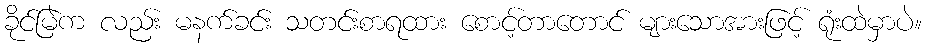
ခိုင်မြဲက လည်း မနက်ခင်း သတင်းစာရထား စောင့်တာတောင် များသောအားဖြင့် ရုံးထဲမှာပဲ။